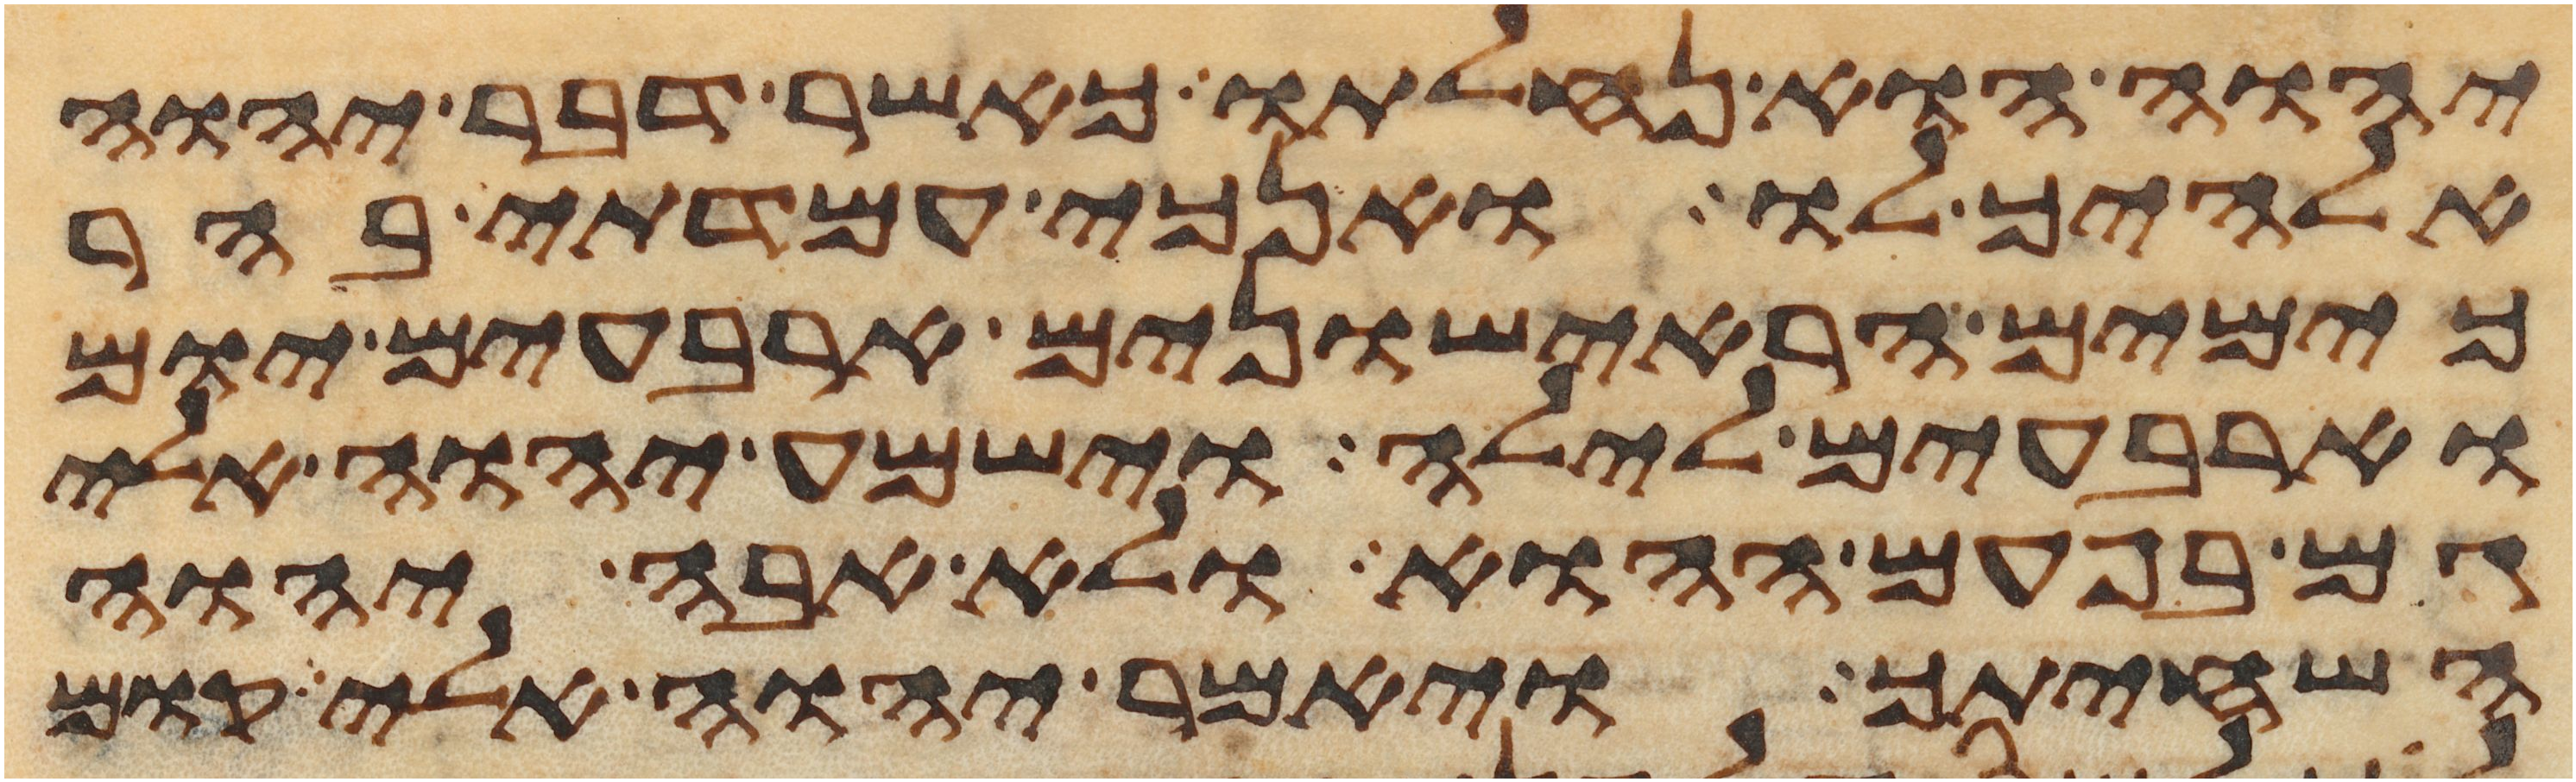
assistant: יהוה הוא נחלתו כאשר דבר יהוה
אלהיך לו ואנכי עמדתי בהר
כימים הראישונים ארבעים יום
וארבעים לילה וישמע יהוה אלי
גם בפעם ההוא ולא אבה יהוה
השחיתך ויאמר יהוה אלי קום